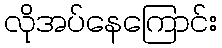
လိုအပ်နေကြောင်း